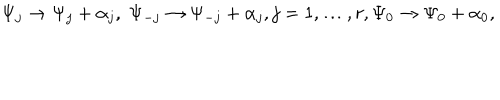
LaTeX: \Psi _ { j } \rightarrow \Psi _ { j } + \alpha _ { j } , \; \Psi _ { - j } \rightarrow \Psi _ { - j } + \alpha _ { j } , j = 1 , \ldots , r , \Psi _ { 0 } \rightarrow \Psi _ { 0 } + \alpha _ { 0 } ,